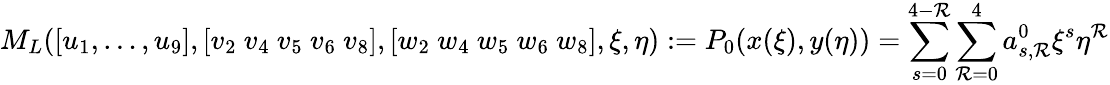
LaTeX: M_{L}([u_{1},\dots,u_{9}],[v_{2}~v_{4}~v_{5}~v_{6}~v_{8}],[w_{2}~w_{4}~w_{5}~w_{6}~w_{8}],\xi,\eta):=P_{0}(x(\xi),y(\eta))=\sum_{s=0}^{4-\mathcal{R}}\sum_{\mathcal{R}=0}^{4}a_{s,\mathcal{R}}^{0}\xi^{s}\eta^{\mathcal{R}}